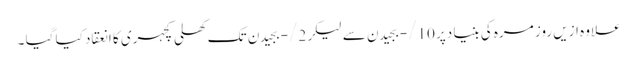
علاوہ ازیں روز مرہ کی بنیا دپر 10/- بجیدن سے لیکر 2/- بجیدن تک کھلی کچہری کا انعقاد کیا گیا ۔